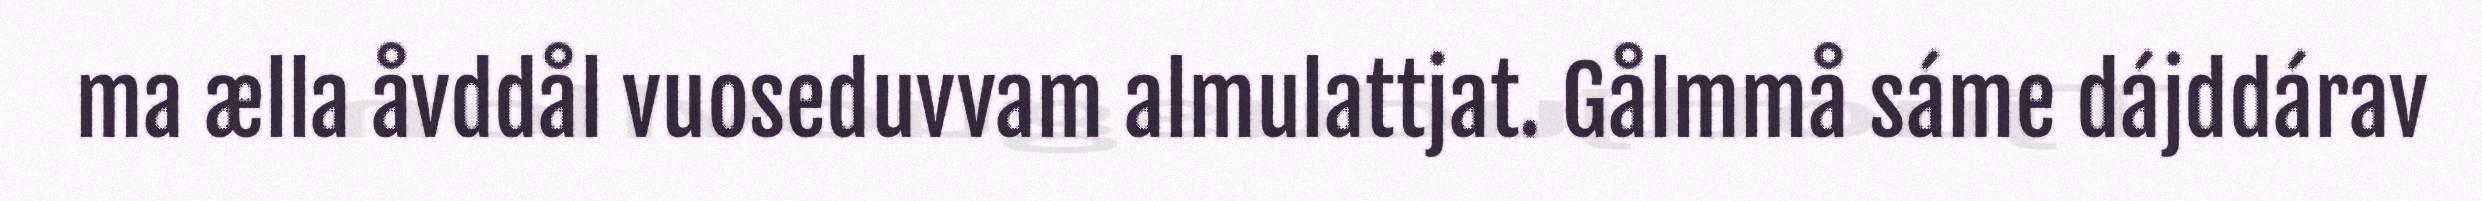
ma ælla åvddål vuoseduvvam almulattjat. Gålmmå sáme dájddárav